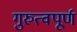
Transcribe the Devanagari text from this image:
गुरुत्वपूर्ण